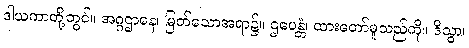
ဒါယကာတို့တွင်။ အဂ္ဂဌာနေ၊ မြတ်သောအရာ၌။ ဌပေန္တံ၊ ထားတော်မူသည်ကို။ ဒိသွာ၊